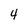
Character: 4